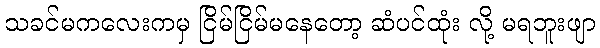
သခင်မကလေးကမှ ငြိမ်ငြိမ်မနေတော့ ဆံပင်ထုံး လို့ မရဘူးဖျာ